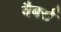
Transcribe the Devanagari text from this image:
वैबर्स